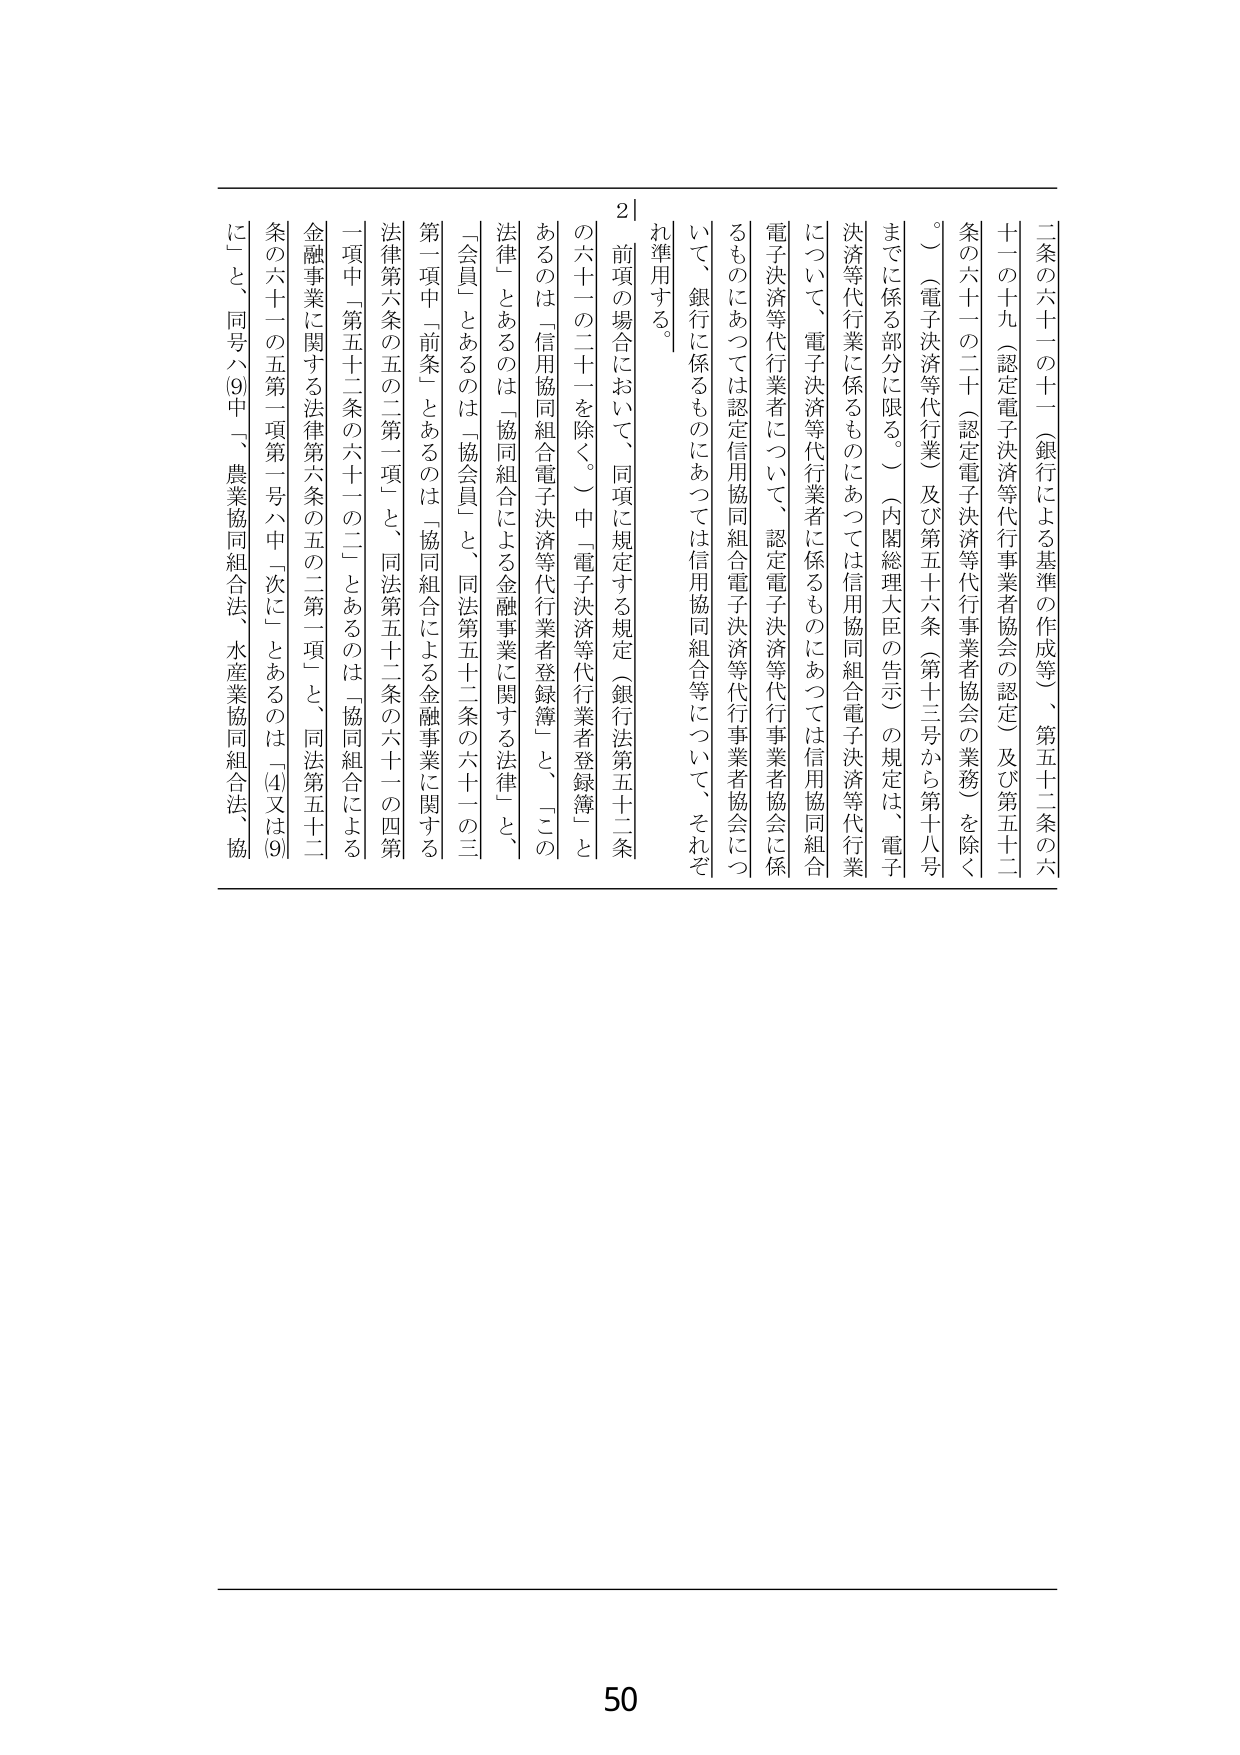
二条の六十一の十一（銀行による基準の作成等）、第五十二条の六
十一の十九（認定電子決済等代行業者協会の認定）及び第五十二
条の六十一の二十（認定電子決済等代行業者協会の業務）を除く
。（電子決済等代行業）及び第五十六条（第十三号から第十八号
までに係る部分に限る。）（内閣総理大臣の告示）の規定は、電子
決済等代行業に係るものについては信用協同組合電子決済等代行業
について、電子決済等代行業者に係るものについては信用協同組合
電子決済等代行業者について、認定電子決済等代行業者協会に係
るものにあつては認定信用協同組合電子決済等代行業者協会につ
いて、銀行に係るものにあつては信用協同組合等について、それぞ
れ準用する。

２ 前項の場合において、同項に規定する規定（銀行法第五十二条
の六十一の二十一を除く。）中「電子決済等代行業者登録簿」と
あるのは「信用協同組合電子決済等代行業者登録簿」と、「この
法律」とあるのは「協同組合による金融事業に関する法律」と、
「会員」とあるのは「協会員」と、同法第五十二条の六十一の三
第一項中「前条」とあるのは「協同組合による金融事業に関する
法律第六条の五の二第一項」と、同法第五十二条の六十一の四第
一項中「第五十二条の六十一の二」とあるのは「協同組合による
金融事業に関する法律第六条の五の二第一項」と、同法第五十二
条の六十一の五第一項第一号ハ中「次に」とあるのは「(4)又は(9)
に」と、同号ハ(9)中「、農業協同組合法、水産業協同組合法、協

50